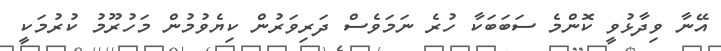
އޭނާ ވިދާޅުވީ ކޮންމެ ސަބަބަކާ ހުރެ ނަމަވެސް ދަރިވަރުން ކިޔެވުމުން މަހުރޫމު ކުރުމަކީ